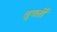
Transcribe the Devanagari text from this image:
दुपर्ती